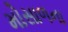
મોસાળના